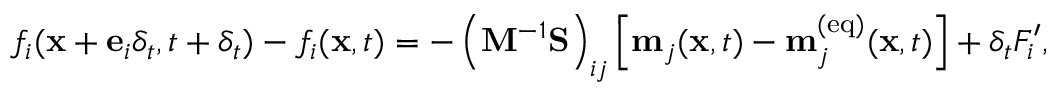
f _ { i } ( \mathbf { x } + \mathbf { e } _ { i } \delta _ { t } , t + \delta _ { t } ) - f _ { i } ( \mathbf { x } , t ) = - \left( \mathbf { M } ^ { - 1 } \mathbf { S } \right) _ { i j } \left[ \mathbf { m } _ { j } ( \mathbf { x } , t ) - \mathbf { m } _ { j } ^ { ( \mathrm { e q } ) } ( \mathbf { x } , t ) \right] + \delta _ { t } F _ { i } ^ { \prime } ,